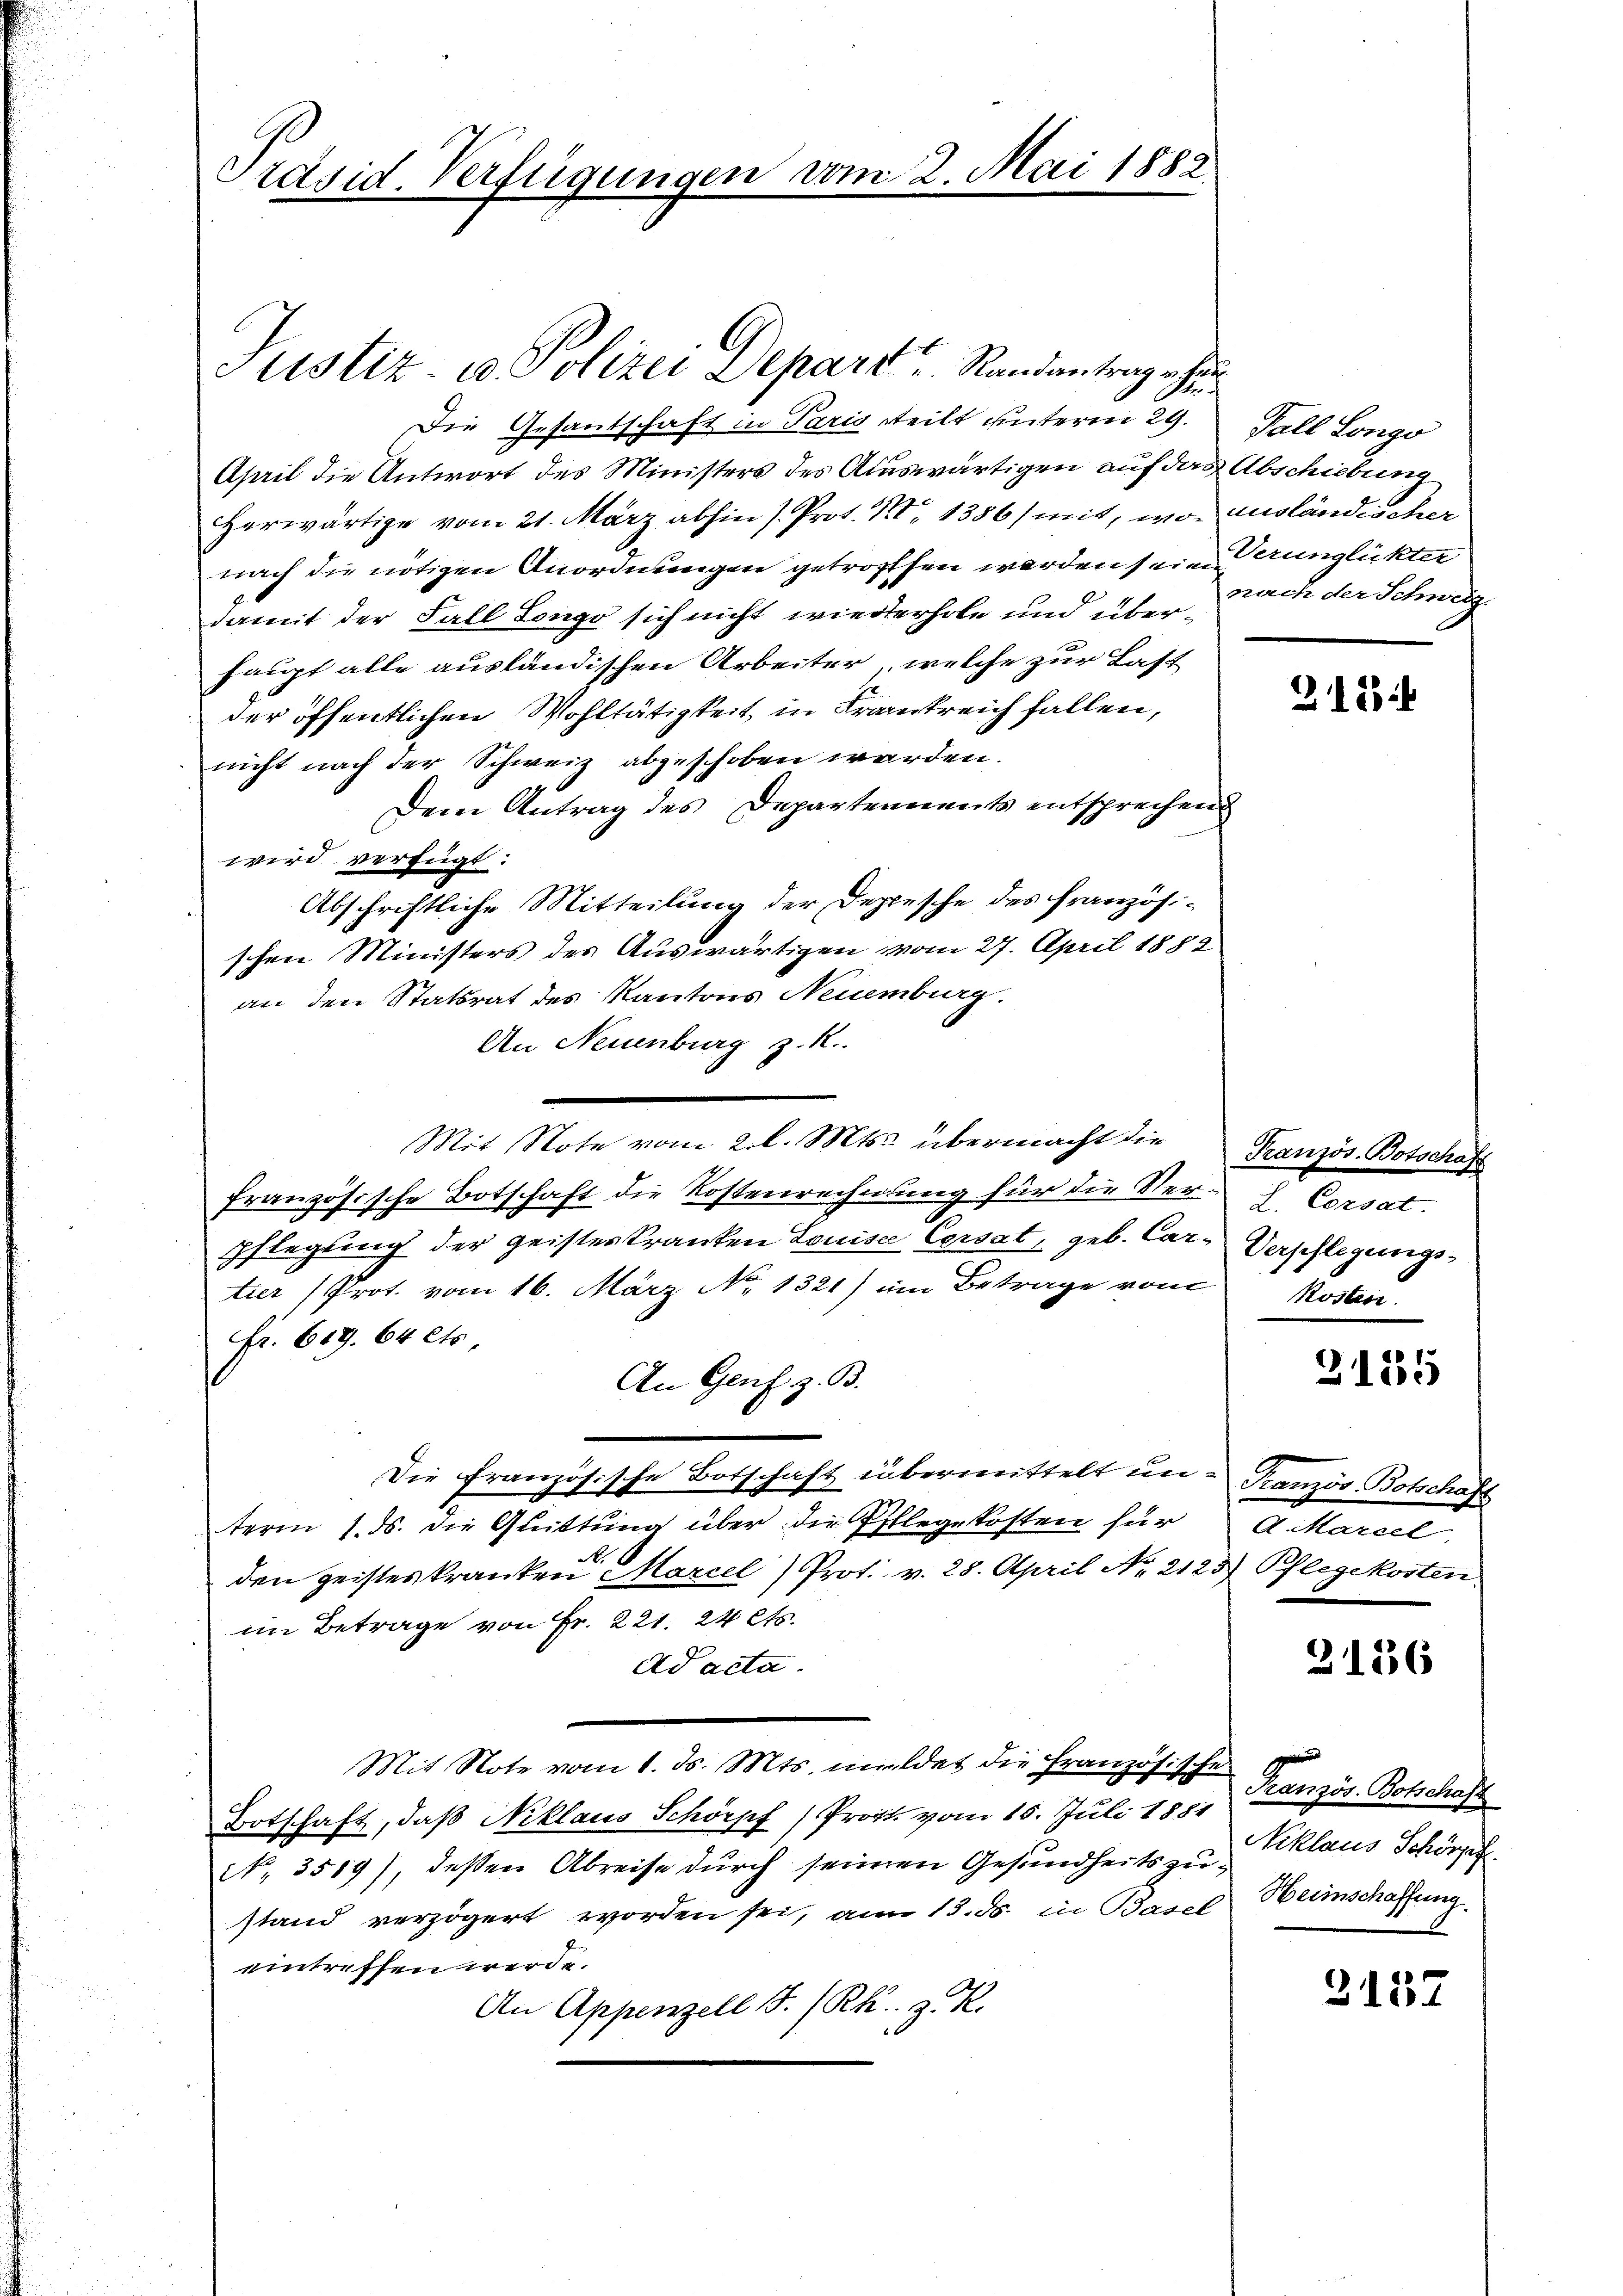
Präsid. Verfügungen vom 2. Mai 1882

Justiz u. Polizei Depart u. Randantrag erhan

Die Gesantschaft in Paris steilt unterm 29.
April die Antwort des Ministers des Auswärtigen auf das Abschiebung
Herwärtige vom 21. März abhin J. Prot. II 1386) mit, wo ausländischer
nach die nötigen Anordnungen getroffen werden sein unglückter
damit der Fall Longo sich nicht wiederhole und überhaupt alle ausländischen Arbeiter, welche zur Last
der öffentlichen Wohltätigkeit in Frankreich fallen,
nicht nach der Schweiz abgeschoben werden.
Dem Antrag des Departennents entsprechend
wird verfügt:
Abschriftliche Mitteilung der Depesche des französischen Ministers des Auswärtigen vom 27. April 1882
an den Statsrat des Kantons Neuenburg.
An Neuenburg z. R.
Mit Note vom 2. l. Mts. übermacht die Französ. Botschaft
französische Botschaft die Kostenrechnung für die Ver¬
Pflegung der geisteskranken Louiser Cersat, geb. Cartier (Prot. vom 16. März No. 1321) im Betrage vom
Fr. 619. 64 cts.
An Genf z. B.
Die Französische Botschaft übermittelt un- Tranzös. Botschaft
u
i
term 1. ds. die Quittung über die Pillegekosten für
den geisteskranken Marcel) Prot. v. 28. April No 2123) Pflegekosten.
im Betrage von Fr. 221. 24 Cts.
Ad acta.
Mit Note vom 1. ds. Mts. meldet die Französische Französ. Botschaft
Botschaft, daß Niklaus Schönpf) Prof. vom 15. Juli 1881
No. 3519), deßen Abreise durch seinen Gesundheits zu Eiklaus Schönpf
stand verzögert worden sei, am 13. ds. in Basel Heimschaffung
eintreffen werde.
An Appenzell I/Rh. z. R.

Fall Longo
nach der Schweiz.

f

212:

L. Corsat
Verpflegungs-
Röstere

2135

A. Marcel

2136

3157